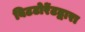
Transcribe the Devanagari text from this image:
बिटटोरेंटद्वारा